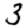
Digit: 3